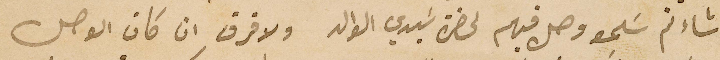
شاءتم سَلمو وصل فيهم لحضرة سَيدي الوالد ولا فرق ان كان الوصل